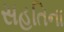
સહતિના